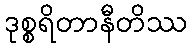
ဒုစ္စရိတာနီတိဿ